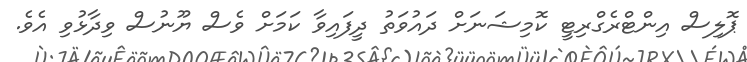
ޕޮލިސް އިންޓްރެގްރިޓީ ކޮމިޝަނަށް ދައުވަތު ދީފައިވާ ކަމަށް ވެސް ޔޫނުސް ވިދާޅުވި އެވެ.